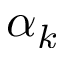
\alpha _ { k }